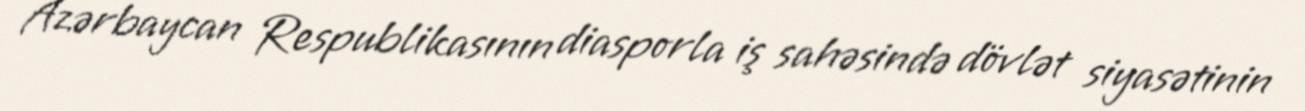
Azərbaycan Respublikasının diasporla iş sahəsində dövlət siyasətinin